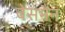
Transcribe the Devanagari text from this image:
बेसमैन